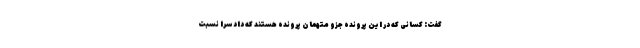
گفت: کسانی که در این پرونده جزو متهمان پرونده هستند که دادسرا نسبت